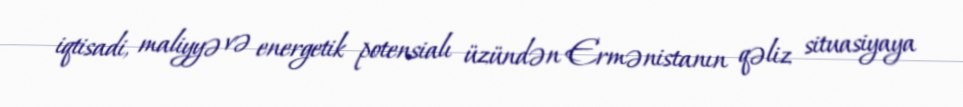
iqtisadi, maliyyə və energetik potensialı üzündən Ermənistanın qəliz situasiyaya